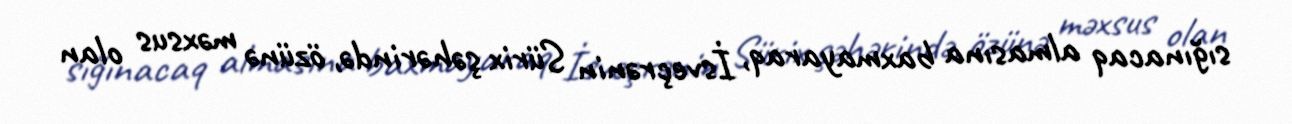
sığınacaq almasına baxmayaraq, İsveçrənin Sürix şəhərində, özünə məxsus olan